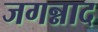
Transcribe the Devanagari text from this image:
जगन्नाद